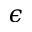
\epsilon